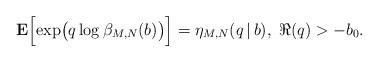
LaTeX: \begin{align*}{\bf E}\Bigl[\exp\bigl(q\log\beta_{M,N}(b)\bigr)\Bigr] =\eta_{M,N}(q\,|\,b), \;\Re(q)>-b_0.\end{align*}